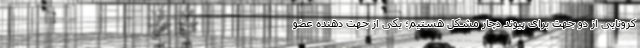
کرونایی از دو جهت برای پیوند دچار مشکل هستیم؛ یکی از جهت دهنده عضو